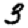
Digit: 3